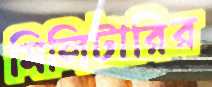
মিলিটারির